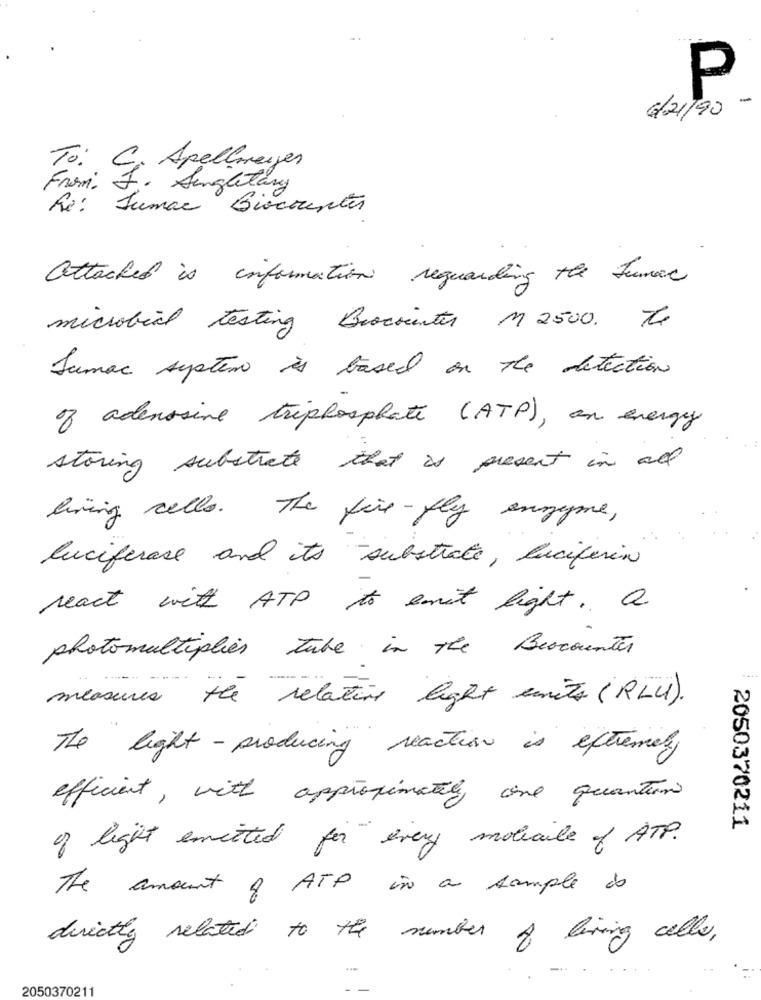
P
6/21
To:
C. Apelloreyes
From:
Singletary
Re: Sumar Giocounter
attached is information reguarding the Fumar
microbial testing Brockcenter M 2500 . The
Sumac system is based on the detection
of adenosine triphosphate (ATP), an energy
storing substrate that is present in all
living cells . The fire-fly enzyme,
luciferase and its substrate, luciferin
react with ATP to emit light . a
photomultiplies tube in the Beachentes
measures the relative light units (RLU ).
The light - producing reaction is extremely
efficient, with approximately one quantum
2050370211
of light emitted for every molecule of ATP.
The amount of ATP in a sample is
directly related to the number of living cells,
2050370211
- -